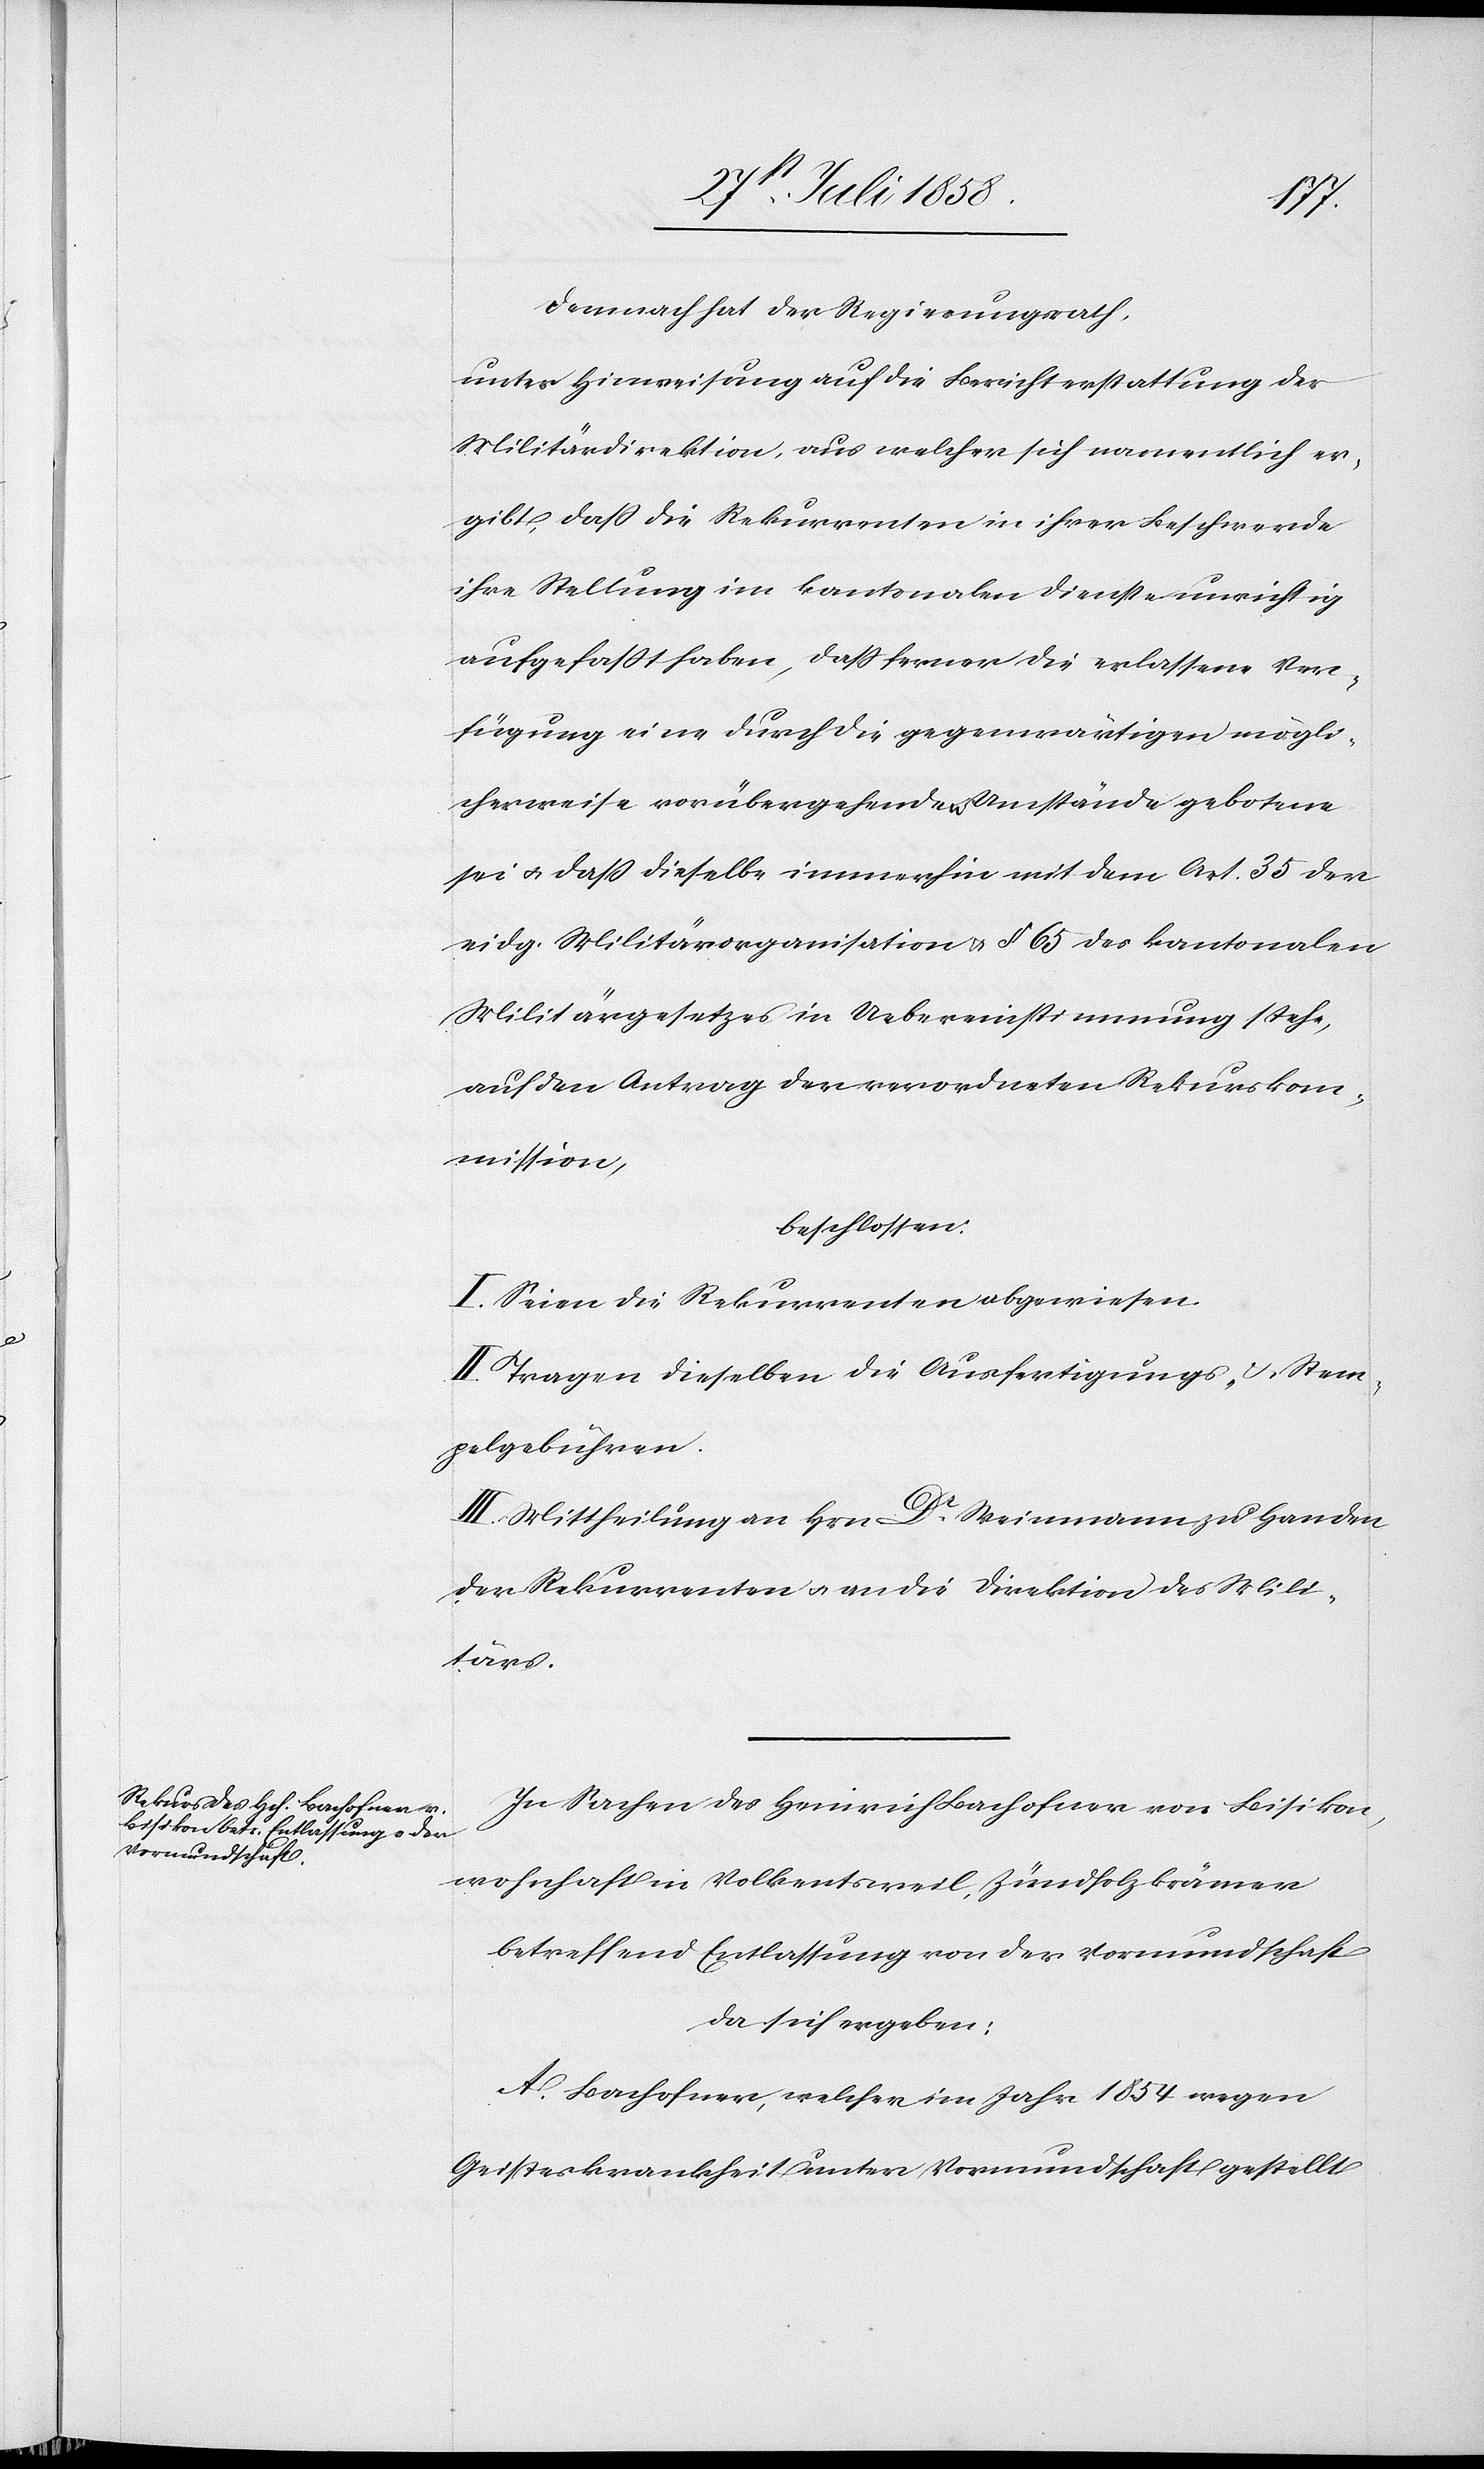
Demnach hat der Regierungsrath,
unter Hinweisung auf die Berichterstattung der
Militärdirektion, aus welcher sich namentlich er¬
gibt, dass die Rekurrenten in ihrer Beschwerde
ihre Stellung im kantonalen Dienste unrichtig
aufgefasst haben, dass ferner die erlassene Ver¬
fügung eine durch die gegenwärtigen mögli¬
cherweise vorübergehenden Umstände gebotene
sei & dass dieselbe immerhin mit dem Art. 35 der
eidg. Militärorganisation & § 65 des kantonalen
Militärgesetzes in Uebereinstimmung stehe,
auf den Antrag der verordneten Rekurskom¬
mission,
beschlossen:
I. Seien die Rekurrenten abgewiesen.
II. Tragen dieselben die Ausfertigungs- & Stem¬
pelgebühren.
III. Mittheilung an Hrn. Dr. Weinmann zu Handen
der Rekurrenten & an die Direktion des Mili¬
tärs.
In Sachen des Heinrich Bachofner von Bisikon,
wohnhaft in Volkentsweil, Zündholzkrämer
betreffend Entlassung von der Vormundschaft
da sich ergeben:
A. Bachofner, welcher im Jahr 1854 wegen
Geisteskrankheit unter Vormundschaft gestellt